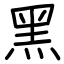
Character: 黑